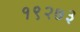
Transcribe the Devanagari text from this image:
१९२७३